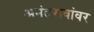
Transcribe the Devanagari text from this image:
अनंतरावांवर